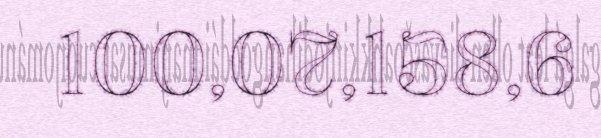
100,07,158,6